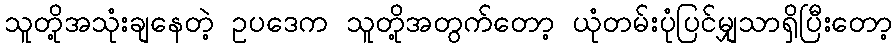
သူတို့အသုံးချနေတဲ့ ဥပဒေက သူတို့အတွက်တော့ ယုံတမ်းပုံပြင်မျှသာရှိပြီးတော့